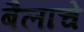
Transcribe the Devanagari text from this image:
बैलाचे